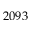
2 0 9 3